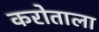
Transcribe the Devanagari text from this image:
करोताला